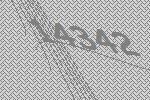
14342